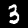
Digit: 3